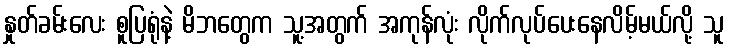
နှုတ်ခမ်းလေး စူပြရုံနဲ့ မိဘတွေက သူ့အတွက် အကုန်လုံး လိုက်လုပ်ပေးနေလိမ့်မယ်လို့ သူ